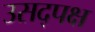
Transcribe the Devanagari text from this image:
उसद्पक्ष